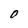
Character: 0